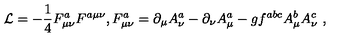
{ \cal L } = - \frac { 1 } { 4 } F _ { \mu \nu } ^ { a } F ^ { a \mu \nu } , F _ { \mu \nu } ^ { a } = \partial _ { \mu } A _ { \nu } ^ { a } - \partial _ { \nu } A _ { \mu } ^ { a } - g f ^ { a b c } A _ { \mu } ^ { b } A _ { \nu } ^ { c } \ ,